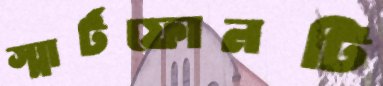
স্মার্টফোনটি